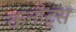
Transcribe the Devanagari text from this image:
कनॉट्स